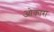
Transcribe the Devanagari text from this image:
ओकारा